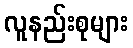
လူနည်းစုများ